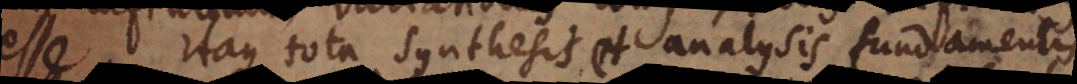
esse. Itaque tota synthesis et analysis fundamentis